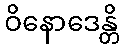
ဝိနောဒေန္တိ